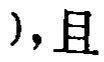
),且